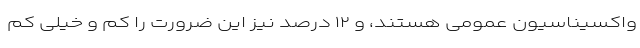
واکسیناسیون عمومی هستند، و ۱۲ درصد نیز این ضرورت را کم و خیلی کم